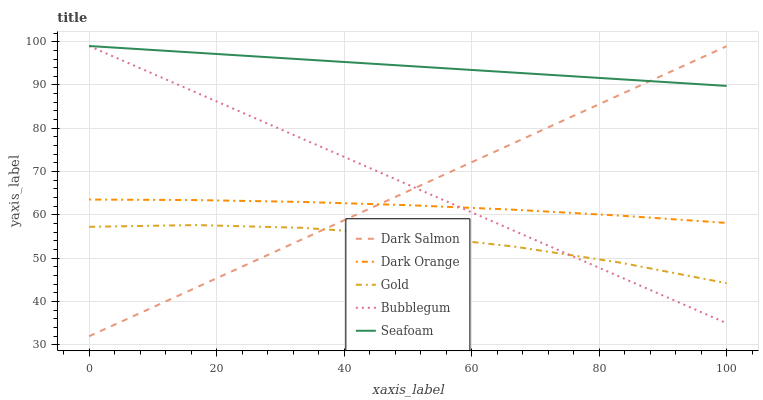
| xaxis_label | Dark Salmon | Dark Orange | Gold | Bubblegum | Seafoam |
 | --- | --- | --- | --- | --- | --- |
 | 0 | 32 | 63.6 | 57.3 | 99 | 99 |
 | 16.7 | 43.2 | 63.4 | 57.7 | 88.3 | 97.5 |
 | 33.3 | 54.3 | 63 | 57 | 77.7 | 95.9 |
 | 50 | 65.5 | 62.3 | 55.4 | 67 | 94.4 |
 | 66.7 | 76.6 | 61.2 | 52.7 | 56.3 | 92.9 |
 | 83.3 | 87.8 | 59.8 | 49 | 45.7 | 91.3 |
 | 100 | 99 | 58.2 | 44.3 | 35 | 89.8 |